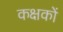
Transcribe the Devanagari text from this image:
कक्षकों